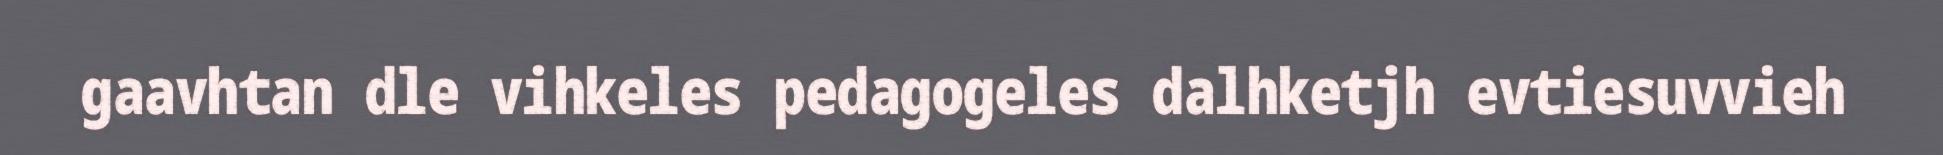
gaavhtan dle vihkeles pedagogeles dalhketjh evtiesuvvieh